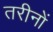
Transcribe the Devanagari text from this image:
तरीनों